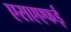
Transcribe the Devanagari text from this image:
एसएएफई